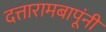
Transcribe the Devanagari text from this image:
दत्तारामबापूंनी